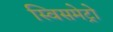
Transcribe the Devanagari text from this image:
स्विसमेट्रो